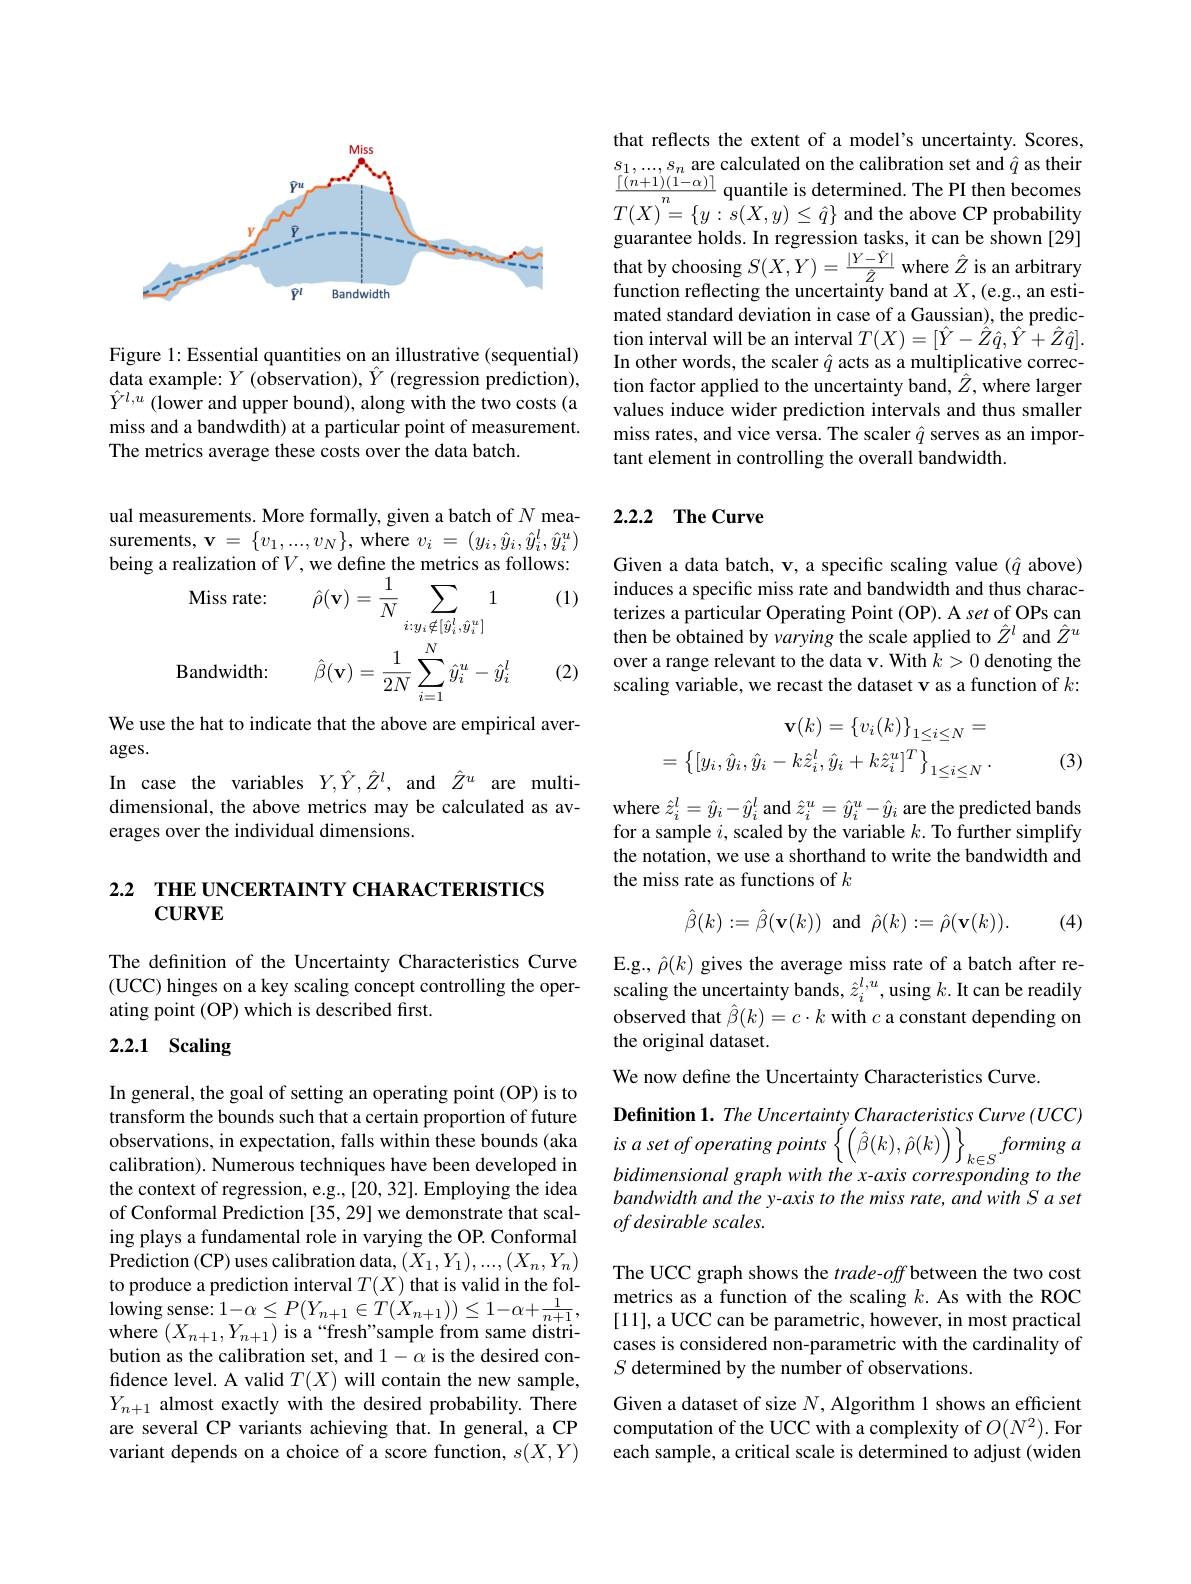
<FigureHere>

Figure 1: Essential quantities on an illustrative (sequential) ${\mathrm{data~example:~}Y\text{(observation), }\hat{Y}\text{(regression prediction),}}$ $\hat{Y} ^{l, u}$ $( \hat{\text{lower and upper bound) , along with the two costs( a}}$ miss and a bandwdith) at a particular point of measurement. The metrics average these costs over the data batch.

ual measurements. More formally, given a batch of $N$ measurements, v = $\{ v_{1}$, . . . , $v_{N}\}$, where $v_{i} = ( y_{i}, \hat{y} _{i}, \hat{y} _{i}^{l}, \hat{y} _{i}^{u})$
$$\begin{aligned}&\text{Ieall2atlon ol }V,\text{we uenne ule meulcs as 10}\\&\text{Miss rate:}\hat{\rho}(\mathbf{v})=\frac{1}{N}\sum_{i:y_{i}\notin[\hat{y}_{i}^{l},\hat{y}_{i}^{u}]}1\\&\text{Bandwidth:}&\hat{\beta}(\mathbf{v})=\frac{1}{2N}\sum_{i=1}^{N}\hat{y}_{i}^{u}-\hat{y}_{i}^{l}\\\end{aligned}$$
(1)

(2)

We use the hat to indicate that the above are empirical aver-
$ages.$
In case the variables $Y,\hat{Y},\hat{Z}^l$, and $\hat{Z}^u$ are multidimensional, the above metrics may be calculated as averages over the individual dimensions.

# 2.2 THE UNCERTAINTY CHARACTERISTICS $\mathbf{CURVE}$

The definition of the Uncertainty Characteristics Curve E.g., $\hat{\rho}(k)$ gives the average miss rate of a batch after re-(UCC)hinges on a key scaling concept controlling the oper- scaling the uncertainty bands, $\hat{z}_i^{l,u}$, using $k.$It can be readily
ating point (OP) which is described first.

# 2.2.1 Scaling

In general, the goal of setting an operating point (OP) is to transform the bounds such that a certain proportion of future observations, in expectation, falls within these bounds (aka calibration). Numerous techniques have been developed in the context of regression, e.g.,[20,32]. Employing the idea of Conformal Prediction [35,29] we demonstrate that scaling plays a fundamental role in varying the OP. Conformal Prediction (CP) uses calibration data, $(X_1,Y_1),...,(X_n,Y_n)$ to produce a prediction interval $T(X)$ that is valid in the fol- $\begin{array}{l}{\mathrm{lowing~sense:~1-\alpha\leq~P(Y_{n+1}\in T(X_{n+1}))\leq~1-\alpha+\frac{1}{n+1},}}\\{\mathrm{where~(~X_{n+1},~Y_{n+1})~is~a~“fresh"sample~from~same~distri-}}\end{array}$ bution as the calibration set, and $1-\alpha$ is the desired confidence level. A valid $T(X)$ will contain the new sample, $Y_{n+1}$ almost exactly with the desired probability. There are several CP variants achieving that. In general, a CP variant depends on a choice of a score function, $s(X,Y)$

that reflects the extent of a model's uncertainty. Scores, $s_1,...,s_n$ are calculated on the calibration set and $\hat{q}$ as their $\frac{[(n+1)(1-\alpha)]}{n}$ quantile is determined. The PI then becomes $T(X)^{n}=\left\{y:s(X,y)\leq\hat{q}\right\}$and the above CP probability guarantee holds. In regression tasks, it can be shown [29] that by choosing $S(X,Y)=\frac{|Y-\hat{Y}|}{\hat{Z}}$ where $\hat{Z}$ is an arbitrary function reflecting the uncertainty band at $X$,(e.g., an estimated standard deviation in case of a Gaussian), the prediction interval will be an interval $T(X)=[\hat{Y}-\hat{Z}\hat{q},\hat{Y}+\hat{Z}\hat{q}].$ In other words, the scaler $\hat{q}$ acts as a multiplicative correction factor applied to the uncertainty band, $\hat{Z}$, where larger values induce wider prediction intervals and thus smaller miss rates, and vice versa. The scaler $\hat{q}$ serves as an important element in controlling the overall bandwidth.

## 2.2.2 The Curve

Given a data batch, v, a specific scaling value $(\hat{q}$ above) induces a specific miss rate and bandwidth and thus characterizes a particular Operating Point (OP). A set of OPs can then be obtained by varying the scale applied to $\hat{Z}^l$ and $\hat{Z}^u$ over a range relevant to the data v. With $k>0$ denoting the scaling variable, we recast the dataset v as a function of $k:$
$$\mathbf{v}(k)=\left\{v_{i}(k)\right\}_{1\leq i\leq N}=\\=\left\{[y_{i},\hat{y}_{i},\hat{y}_{i}-k\hat{z}_{i}^{l},\hat{y}_{i}+k\hat{z}_{i}^{u}]^{T}\right\}_{1\leq i\leq N}.$$
(3)

where $\hat{z}_i^l=\hat{y}_i-\hat{y}_i^l$ and $\hat{z}_i^u=\hat{y}_i^u-\hat{y}_i$ are the predicted bands for a sample $i$, scaled by the variable $k.$ To further simplify the notation, we use a shorthand to write the bandwidth and the miss rate as functions of $k$
$$\hat{\beta}(k):=\hat{\beta}(\mathbf{v}(k))\:\mathrm{and}\:\hat{\rho}(k):=\hat{\rho}(\mathbf{v}(k)).$$
(4)

observed that $\hat{\beta}(k)=c\cdot k$ with $c$ a constant depending on
the original dataset.

We now define the Uncertainty Characteristics Curve.
Definition 1. The Uncertainty Characteristics Curve (UCC) $is$ $a$ set $of$ operating points $\left \{ \left ( \hat{\beta } ( k) , \hat{\rho } ( k) \right ) \right \} _{k\in S}forming$ $a$ bidimensional graph with the x-axis corresponding to the bandwidth and the y-axis to the miss rate, and with S a set ofdesirable scales.

The UCC graph shows the $trade-off$ between the two cost metrics as a function of the scaling $k.$ As with the ROC [11], a UCC can be parametric, however, in most practical cases is considered non-parametric with the cardinality of $S$ determined by the number of observations.
Given a dataset of size $N$, Algorithm 1 shows an efficient computation of the UCC with a complexity of $O(N^{2}).$For each sample, a critical scale is determined to adjust (widen